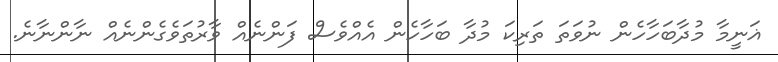
ޣަނީމާ މުދާބަހާހެން ނުވަތަ ތަރިކަ މުދާ ބަހާހެން އެއްވެސް ފަންނެއް ވާރުތަވެގެންނެއް ނާންނާނެ.